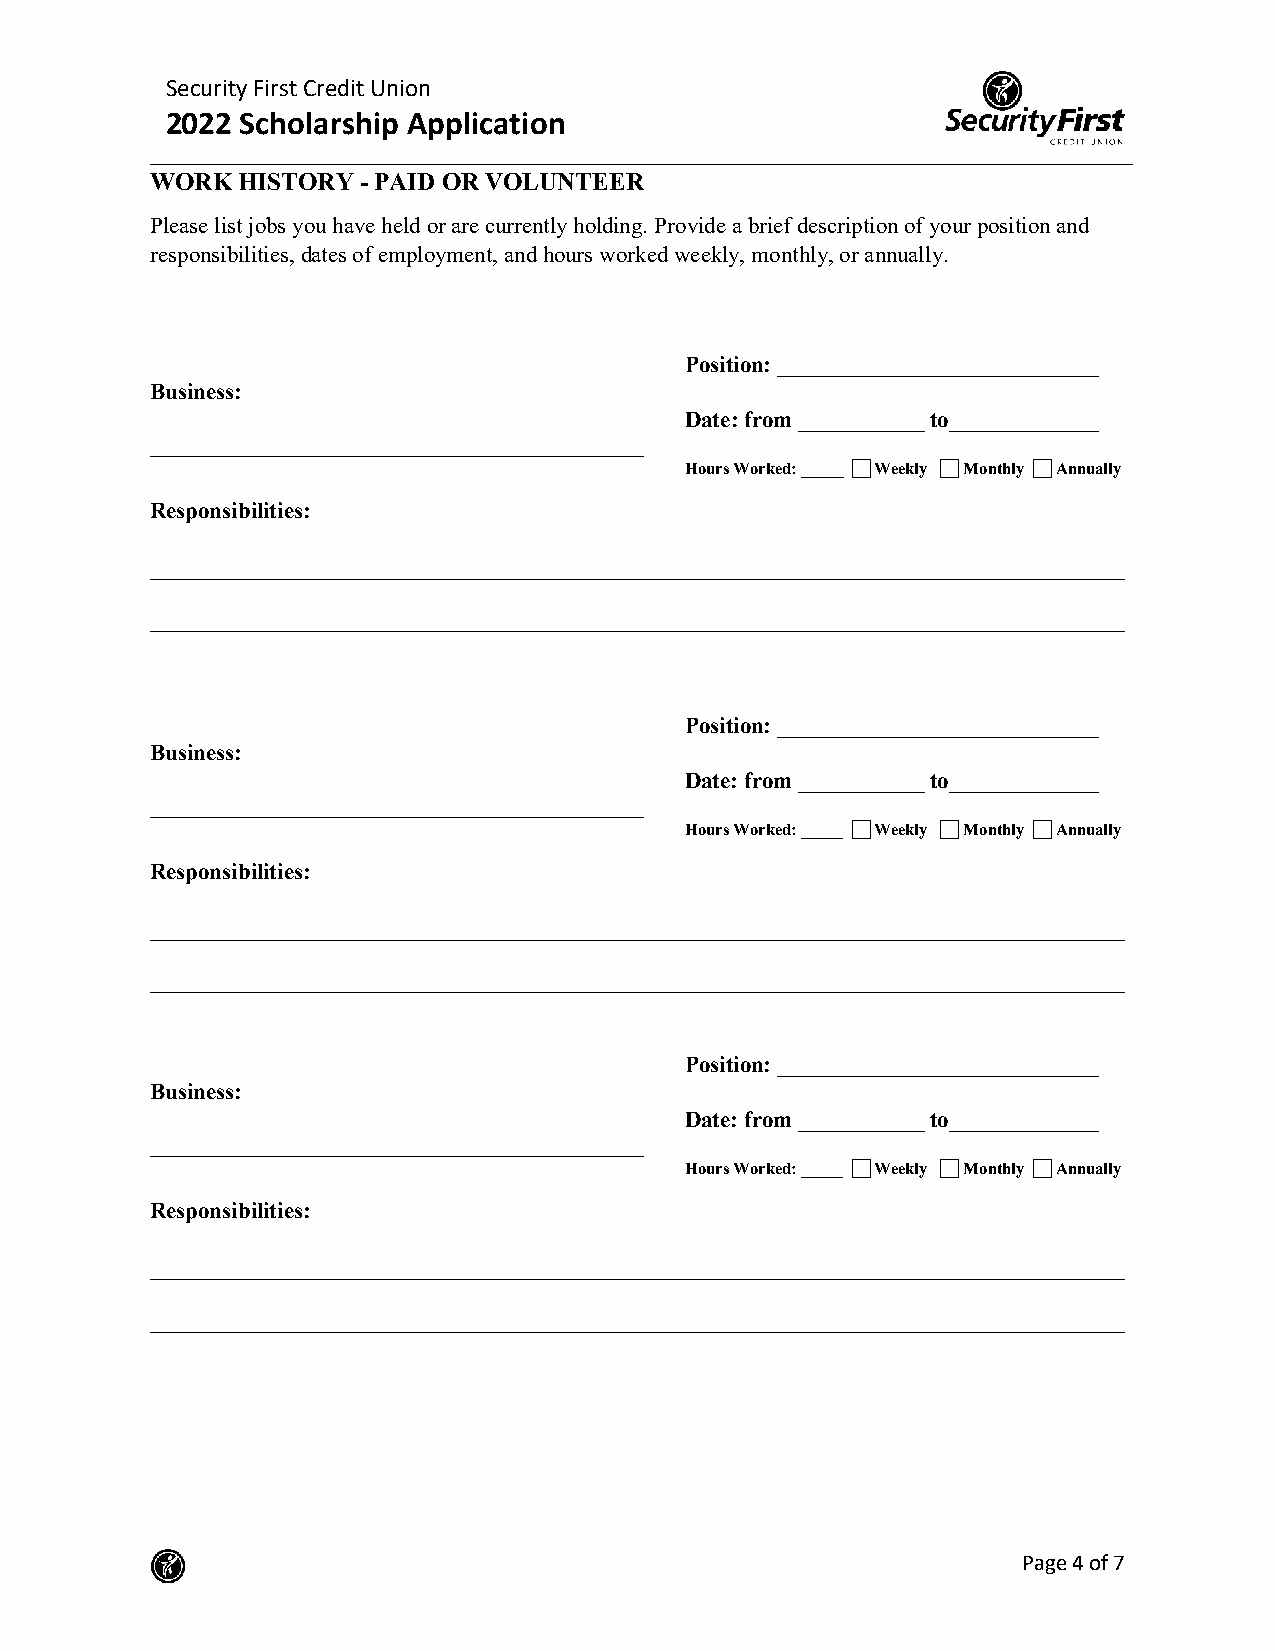
Security First Credit Union
 2022 Scholarship Application
 WORK  HISTORY - PAID OR VOLUNTEER
 Please list jobs you have held or are currently holding. Provide a brief description of your position and
 responsibilities, dates of employment, and hours worked weekly, monthly, or annually.
 Position: ____________________________
 Business:
 Date: from ___________ to_____________
 ___________________________________________
 Hours Worked: _____  Weekly  Monthly  Annually
 Responsibilities:
 _____________________________________________________________________________________
 _____________________________________________________________________________________
 Position: ____________________________
 Business:
 Date: from ___________ to_____________
 ___________________________________________
 Hours Worked: _____  Weekly  Monthly  Annually
 Responsibilities:
 _____________________________________________________________________________________
 _____________________________________________________________________________________
 Position: ____________________________
 Business:
 Date: from ___________ to_____________
 ___________________________________________
 Hours Worked: _____  Weekly  Monthly  Annually
 Responsibilities:
 _____________________________________________________________________________________
 _____________________________________________________________________________________
 Page 4 of 7